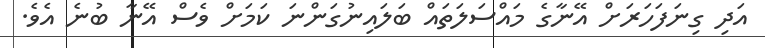
އަދި ގިނަފަހަރަށް އޭނާގެ މައްސަލަތައް ބަލައިނުގަންނަ ކަމަށް ވެސް އޭނާ ބުނެ އެވެ.